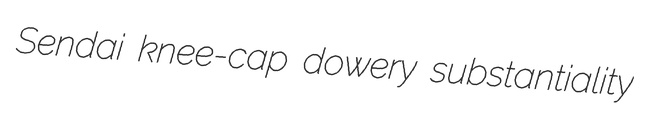
Sendai knee-cap dowery substantiality